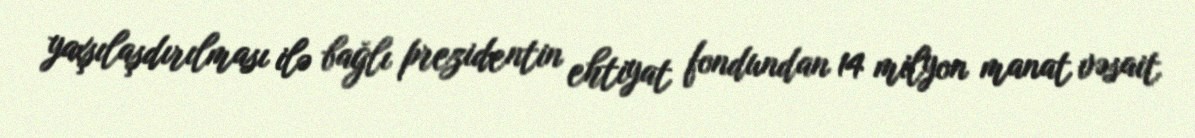
yaxşılaşdırılması ilə bağlı prezidentin ehtiyat fondundan 14 milyon manat vəsait